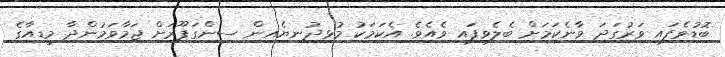
ބޮޑުވެފައި ވަރުގަދަ ވާނެކަމަށް ބެލެވިފައި ވެއެވެ. އެކަމަކު މުޅިދުނިޔެއިން ސިންގަޕޫރަށް ޖަމާވަމުންދާ މީޑިއާގެ